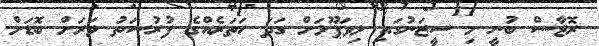
ރޮޖާސް ބުނީ މި ސީޒަނުގައި ލިވަޕޫލަށް ގަދަ ހަތަރެއްގެ ފުރުސަތު ވަރަށް ބޮޑަށް